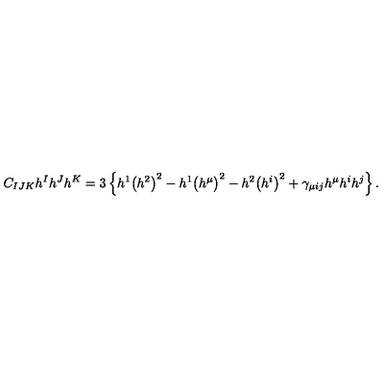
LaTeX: C _ { I J K } h ^ { I } h ^ { J } h ^ { K } = 3 \left\{ h ^ { 1 } \big ( h ^ { 2 } \big ) ^ { 2 } - h ^ { 1 } \big ( h ^ { \mu } \big ) ^ { 2 } - h ^ { 2 } \big ( h ^ { i } \big ) ^ { 2 } + \gamma _ { \mu i j } h ^ { \mu } h ^ { i } h ^ { j } \right\} .